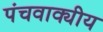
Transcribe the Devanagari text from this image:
पंचवाक्यीय